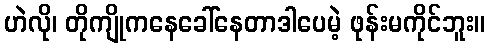
ဟဲလို၊ တိုကျိုကနေခေါ်နေတာဒါပေမဲ့ ဖုန်းမကိုင်ဘူး။